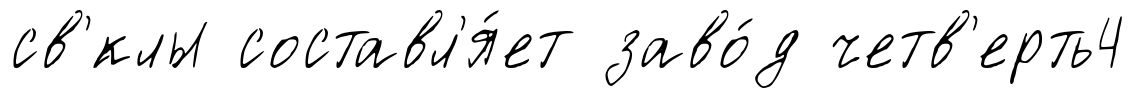
св'́клы составл'я́ет заво́д четв'ерть4